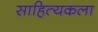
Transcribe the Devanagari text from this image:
साहित्यकला